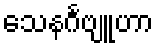
သေနင်္ဂဗျူဟာ